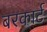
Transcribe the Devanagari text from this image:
बरकार्ट